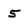
Character: 5